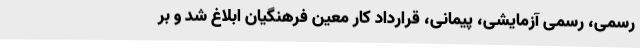
رسمی، رسمی آزمایشی، پیمانی، قرارداد کار معین فرهنگیان ابلاغ شد و بر